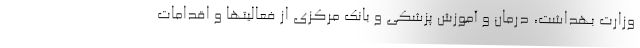
وزارت بهداشت، درمان و آموزش پزشکی و بانک مرکزی از فعالیتها و اقدامات